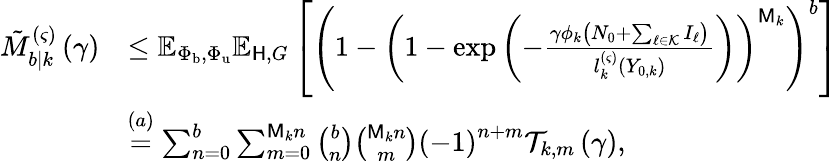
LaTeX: \begin{array}{rl}{{\tilde{M}_{b|k}^{\left(\varsigma\right)}\left(\gamma\right)}}&{\leq\mathbb{E}_{\Phi_{\mathrm{b}},\Phi_{\mathrm{u}}}\mathbb{E}_{\mathsf{H},G}\left[\left(1-\left(1-\exp\left(-\frac{\gamma\phi_{k}\left(N_{0}+\sum_{\ell\in\mathcal{K}}{I_{\ell}}\right)}{l_{k}^{\left(\varsigma\right)}\left(Y_{0,k}\right)}\right)\right)^{\mathsf{M}_{k}}\right)^{b}\right]}\\ &{\overset{(a)}{=}\sum_{n=0}^{b}{\sum_{m=0}^{\mathsf{M}_{k}n}{\binom{b}{n}\binom{\mathsf{M}_{k}n}{m}\left(-1\right)^{n+m}\mathcal{T}_{k,m}\left(\gamma\right)}},}\end{array}